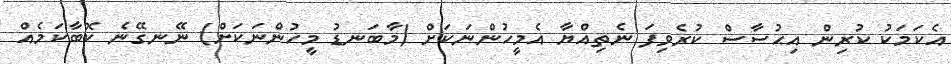
އެކަމަކު ކުރިން އިޙުސާސް ކުރެވިފަ ނެތިއްޔާ އެމީހުންނަކަށް (މާބަނޑު މީހުންނަކަށް) ނޭނގޭނެ ކޮބާކަމެއް